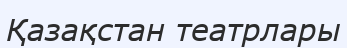
Қазақстан театрлары